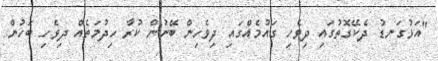
"އަޅުގަނޑު ދެކޭގޮތުގައި ދިވެހި ގައުމެއްގައި ދިވެހިން ބޭނުން ކުރާ ހިދުމަތެއް ދިވެހި ބަހުން